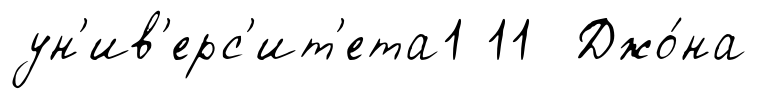
ун'ив'ерс'ит'ета1 11 Джо́на